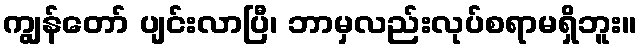
ကျွန်တော် ပျင်းလာပြီ၊ ဘာမှလည်းလုပ်စရာမရှိဘူး။